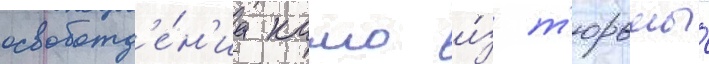
освобожд'е́н'иа камо и́з т'юрьмы́